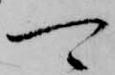
可